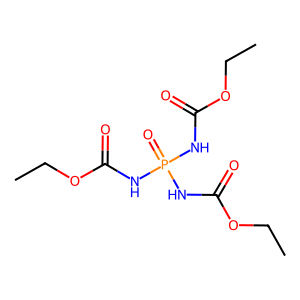
SMILES: CCOC(=O)NP(=O)(NC(=O)OCC)NC(=O)OCC
Inhibits HIV replication: No